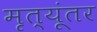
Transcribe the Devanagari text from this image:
मृत्यूंतर